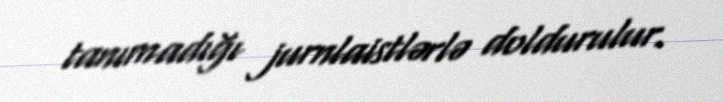
tanımadığı jurnlaistlərlə doldurulur.